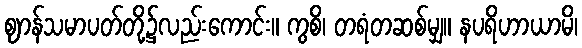
ဈာန်သမာပတ်တို့၌လည်းကောင်း။ ကွစိ၊ တရံတဆစ်မျှ။ နပရိဟာယာမိ၊